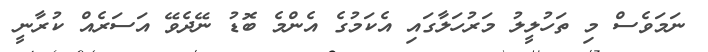
ނަމަވެސް މި ތަހުލީލު މަރުހަލާގައި އެކަމުގެ އެންމެ ބޮޑު ނޭދެވޭ އަސަރެއް ކުރާނީ